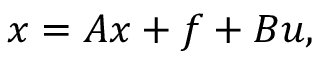
\d { \b { x } } = \b { A x } + \b { f } + \b { B u } ,